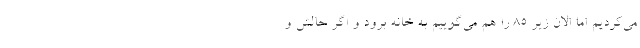
می‌کردیم اما الان زیر ۸۵ را هم می‌گوییم به خانه برود و اگر حالش و